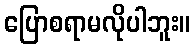
ပြောစရာမလိုပါဘူး။